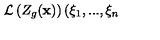
\mathcal { L } \left( Z _ { g } ( \mathbf { x } ) \right) ( \xi _ { 1 } , . . . , \xi _ { n }